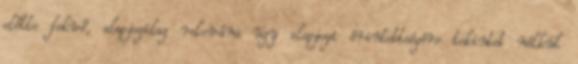
előtte fekvő, alapjogilag releváns ügy alapjogi érintettségére tekintet nélkül